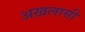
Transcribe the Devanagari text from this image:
अख़लासी